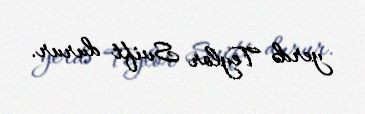
yerdə Teylor Svift durur.